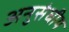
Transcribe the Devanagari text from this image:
अनुसंघीय